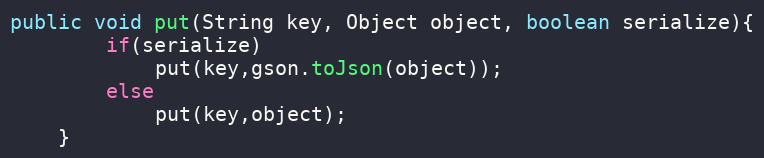
Language: Java
public void put(String key, Object object, boolean serialize){
        if(serialize)
            put(key,gson.toJson(object));
        else
            put(key,object);
    }